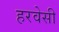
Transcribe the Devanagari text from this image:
हरवेसी